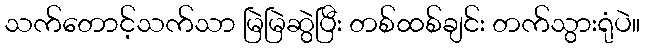
သက်တောင့်သက်သာ မြဲမြဲဆွဲပြီး တစ်ထစ်ချင်း တက်သွားရုံပဲ။